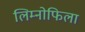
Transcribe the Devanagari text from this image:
लिम्नोफिला